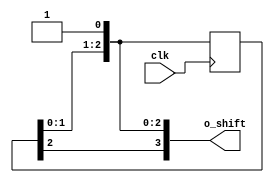
`timescale 1ns / 1ps

module for_loop_example(
  input clk,
  output [3:0] o_shift
);
  integer i=0;
  reg [3:0] r_shift = 4'b0001;
  
  always @ (posedge clk)
    begin 
      for(i = 0; i < 3; i=i + 1)
        r_shift[i+1] <= r_shift[i];   //make sure to use non-blocking
    end 
  assign o_shift = r_shift;
endmodule